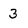
Character: 3